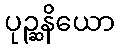
ပုဉ္ဆနိယော